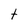
Character: t